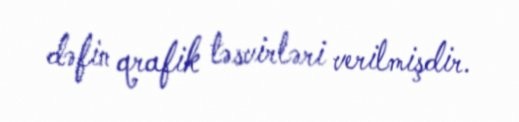
dəfin qrafik təsvirləri verilmişdir.